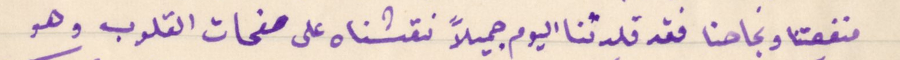
منفعتنا ونجاحنا فقد قلدتنا اليوم جميلاً نقشناه على صفحات القلوب وهو